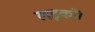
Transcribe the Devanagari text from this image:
लड़कों।